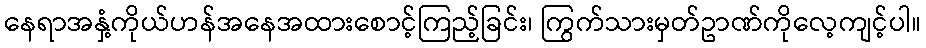
နေရာအနှံ့ကိုယ်ဟန်အနေအထားစောင့်ကြည့်ခြင်း၊ ကြွက်သားမှတ်ဥာဏ်ကိုလေ့ကျင့်ပါ။